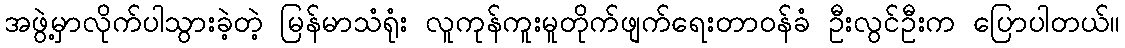
အဖွဲ့မှာလိုက်ပါသွားခဲ့တဲ့ မြန်မာသံရုံး လူကုန်ကူးမူတိုက်ဖျက်ရေးတာဝန်ခံ ဦးလွင်ဦးက ပြောပါတယ်။